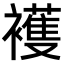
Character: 𧞤